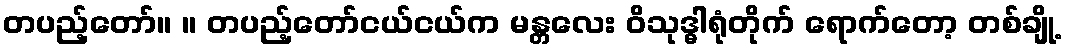
တပည့်တော်။ ။ တပည့်တော်ငယ်ငယ်က မန္တလေး ဝိသုဒ္ဓါရုံတိုက် ရောက်တော့ တစ်ချို့